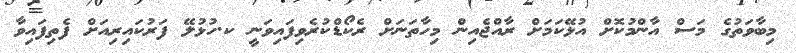
މިބާވަތުގެ މަސް އާންމުކޮށް އުޅޭކަމަށް ރާއްޖެއިން މިހާތަނަށް ރެކޯޑްކުރެވިފައިވަނީ ކ.ހުޅުލޭ ފަރުކައިރިއަށް ފެތިފައިވާ